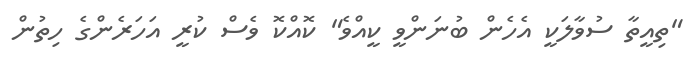
"ތިއީތާ ސުވާލަކީ އެހެން ބުނަންވީ ކީއްވެ" ކޮއްކޮ ވެސް ކުރީ އަހަރެންގެ ހިތުން